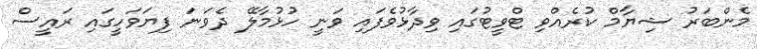
މެެންބަރު ޝިޔާމް ކުރެއްވި ޓްވީޓުގައި ވިދާޅުވެފައި ވަނީ ހުޅުމާލޭ ދެވަނަ ފިޔަވަހީގައި ރައީސް